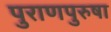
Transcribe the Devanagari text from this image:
पुराणपुरुषा